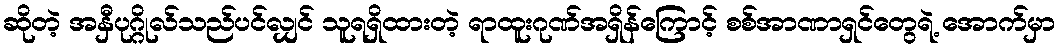
ဆိုတဲ့ အနှီပုဂ္ဂိုလ်သည်ပင်လျှင် သူရရှိထားတဲ့ ရာထူးဂုဏ်အရှိန်ကြောင့် စစ်အာဏာရှင်တွေရဲ့ အောက်မှာ